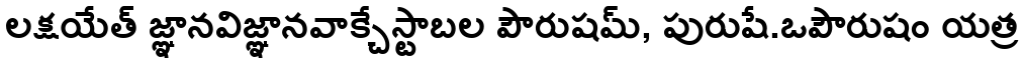
లక్షయేత్ జ్ఞానవిజ్ఞానవాక్చేస్టాబల పౌరుషమ్, పురుషే.ఒపౌరుషం యత్ర